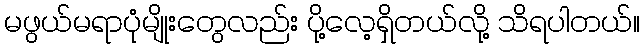
မဖွယ်မရာပုံမျိုးတွေလည်း ပို့လေ့ရှိတယ်လို့ သိရပါတယ်။